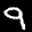
Label: 9